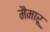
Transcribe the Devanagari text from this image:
मैमारू